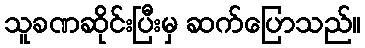
သူခဏဆိုင်းပြီးမှ ဆက်ပြောသည်။